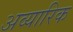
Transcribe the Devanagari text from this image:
अव्यारिक